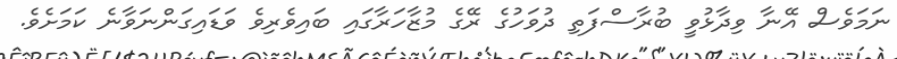
ނަމަވެސް އޭނާ ވިދާޅުވީ ބުރާސްފަތި ދުވަހުގެ ރޭގެ މުޒާހަރާގައި ބައިވެރިވެ ވަޑައިގަންނަވާނެ ކަމަށެވެ.